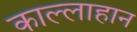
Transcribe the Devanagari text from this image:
काल्लाहान